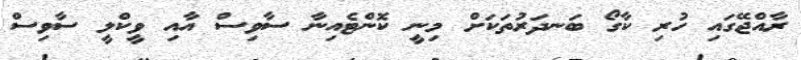
ރާއްޖޭގައި ހުރި ކާގޯ ބަނދަރުތަކަށް މިނީ ކޮންޓެއިނާ ސާވިސް އާއި ވީކްލީ ސާވިސް